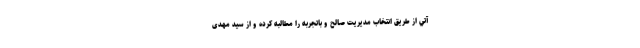
آتي از طریق انتخاب مدیریت صالح و باتجربه را مطالبه کرده و از سید مهدی